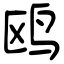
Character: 鸥